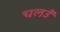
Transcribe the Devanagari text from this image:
चलउँ